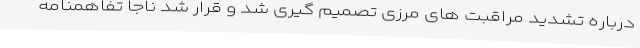
درباره تشدید مراقبت های مرزی تصمیم گیری شد و قرار شد ناجا تفاهمنامه